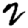
Digit: 2